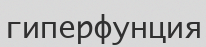
гиперфунция